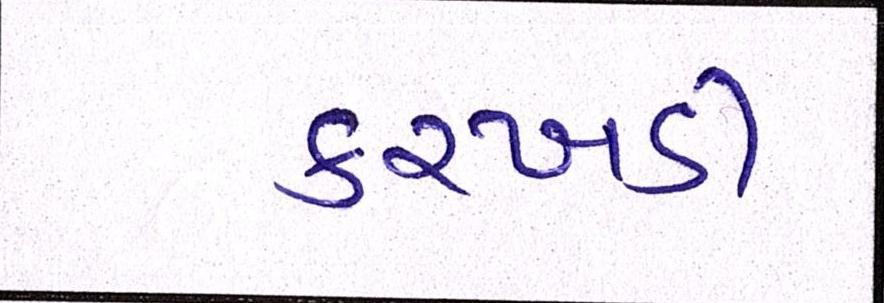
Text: કરખડી